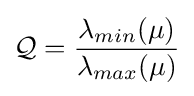
{\mathcal {Q}}={\frac {\lambda _{min}(\mu )}{\lambda _{max}(\mu )}}